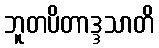
ဘူတပိတာဒ္ဒသာတိ